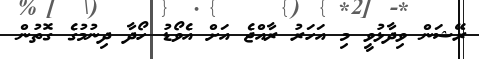
ރޭޝަން ވިދާޅުވީ މި އަހަރު ރާއްޖެ އަށް އެވޯޑު ހޯދާ ދިނުމުގެ ގޮތުން